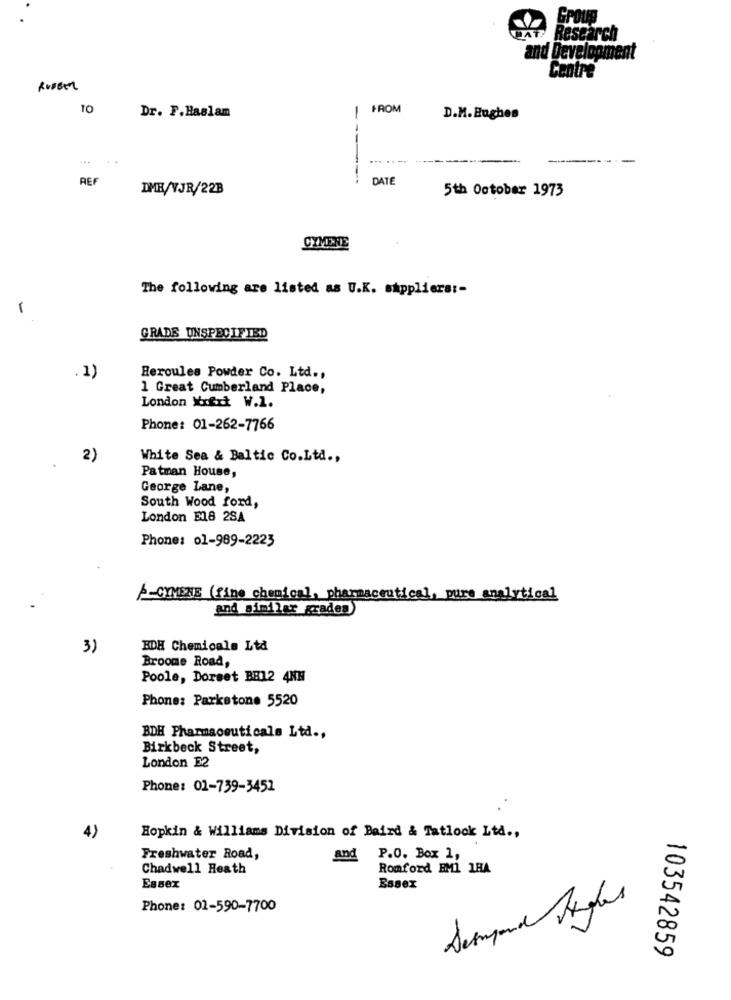
HAT!
Research
and Development
Centre
TO
FROM
Dr. F.Haslam
D.M. Hughes
....--
REF
-----
DATE
DMB/VJR/22B
5th October 1973
CYMENE
The following are listed as U.K. suppliers :-
1
GRADE UNSPECIFIED
Hercules Powder Co. Ltd .,
.1)
1 Great Cumberland Place,
London Xxfct W.1.
Phone: 01-262-7766
2)
White Sea & Baltic Co.Ltd .,
Patman House,
George Lane,
South Wood ford,
London E18 2SA
Phone: 01-989-2223
-CIMENE (fine chemical, pharmaceutical, pure analytical
and similar graden)
3)
BDH Chemicals Ltd
Broome Road,
Poole, Dorset BH12 4NN
Phone: Parkstone 5520
BDH Pharmaceuticals Ltd .,
Birkbeck Street,
London E2
Phone: 01-739-3452
Hopkin & Williams Division of Baird & Tatlook Ltd .,
4)
Freshwater Road,
and
P.O. Box 1,
Chadwell Heath
Romford EM1 1HA
Essex
Essex
Sempand tous
Phone: 02-590-7700
103542859